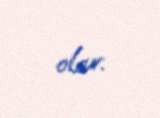
olar.